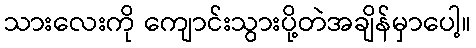
သားလေးကို ကျောင်းသွားပို့တဲအချိန်မှာပေါ့။